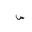
Letter: _sin